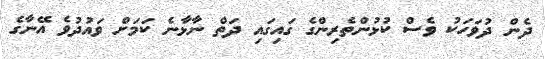
ދެން ދުވަހަކު ވެސް ކުޅުންތެރިންގެ ގައިގައި ދަތް ނާޅާނެ ކަމަށް ވައުދުވެ އޭނާގެ